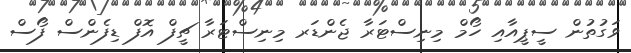
ވަގުތުން ސީޕީއާއި ހޯމް މިނިސްޓަރާ ޖެންޑަރ މިނިސްޓަރާ ޗީފް އޮފް ޑިފެންސް ފޯސް